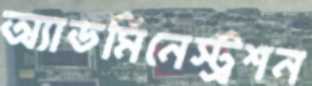
অ্যাডমিনেস্ট্রশন